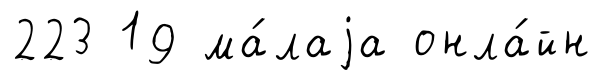
223 19 ма́лаjа онла́йн